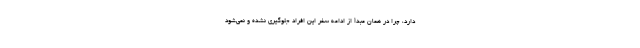
دارد، چرا در همان مبدأ از ادامه سفر این افراد جلوگیری نشده و نمی‌شود